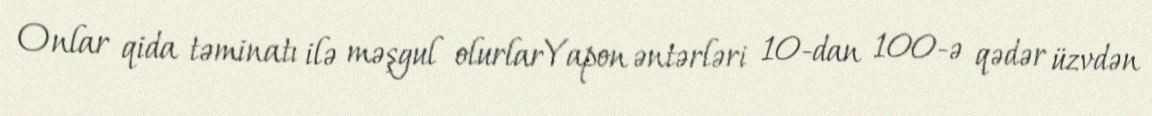
Onlar qida təminatı ilə məşgul olurlarYapon əntərləri 10-dan 100-ə qədər üzvdən